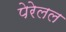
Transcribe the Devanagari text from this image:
पेरेलल